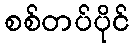
စစ်တပ်ပိုင်